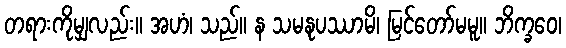
တရားကိုမျှလည်း။ အဟံ၊ သည်။ န သမနုပဿာမိ၊ မြင်တော်မမူ။ ဘိက္ခဝေ၊